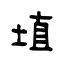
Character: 埴